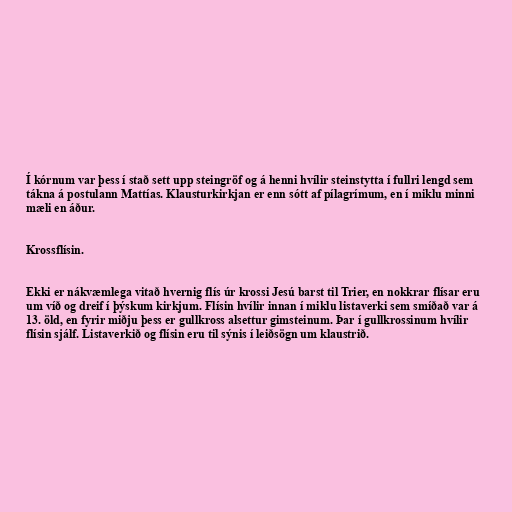
Í kórnum var þess í stað sett upp steingröf og á henni hvílir steinstytta í fullri lengd sem
tákna á postulann Mattías. Klausturkirkjan er enn sótt af pílagrímum, en í miklu minni
mæli en áður.

Krossflísin.

Ekki er nákvæmlega vitað hvernig flís úr krossi Jesú barst til Trier, en nokkrar flísar eru
um víð og dreif í þýskum kirkjum. Flísin hvílir innan í miklu listaverki sem smíðað var á
13. öld, en fyrir miðju þess er gullkross alsettur gimsteinum. Þar í gullkrossinum hvílir
flísin sjálf. Listaverkið og flísin eru til sýnis í leiðsögn um klaustrið.